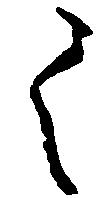
々